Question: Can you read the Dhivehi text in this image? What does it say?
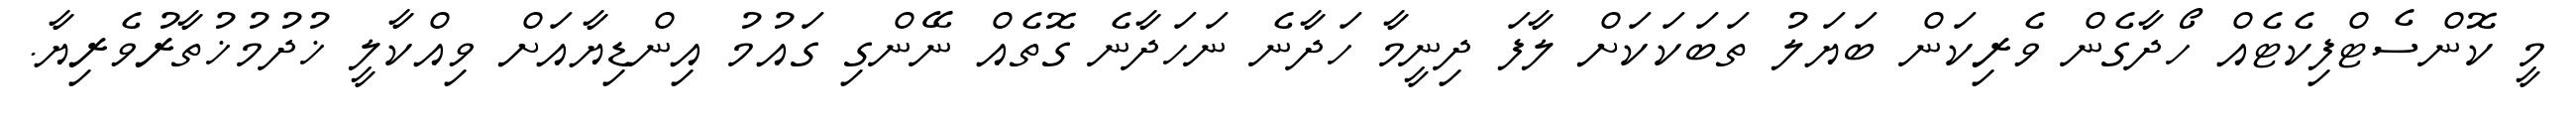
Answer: މީ ކޮންސެޓްފިކެޓެއް ހޯދާގެން ވެރިކަން ބަޔަލު ތަބަކަކަށް ލާފަ ދިނީމާ ހަދާނެ ނަހަދާނެ ގޮތެއް ނޭންގި ގައުމު އިންޑިޔާއަށް ވިއްކާލީ ޚުދުމުޚުތާރުވެރިޔާ.